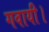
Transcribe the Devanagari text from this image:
गवायी।